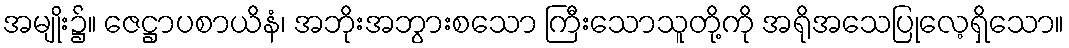
အမျိုး၌။ ဇေဋ္ဌာပစာယိနံ၊ အဘိုးအဘွားစသော ကြီးသောသူတို့ကို အရိုအသေပြုလေ့ရှိသော။